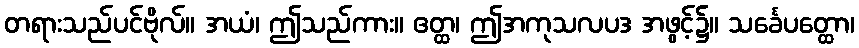
တရားသည်ပင်ဗိုလ်။ အယံ၊ ဤသည်ကား။ ဧတ္ထ၊ ဤအကုသလပဒ အဖွင့်၌။ သင်္ခေပတ္ထော၊